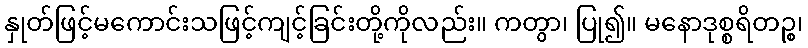
နှုတ်ဖြင့်မကောင်းသဖြင့်ကျင့်ခြင်းတို့ကိုလည်း။ ကတွာ၊ ပြု၍။ မနောဒုစ္စရိတဉ္စ၊